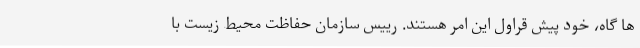
ها گاه، خود پیش قراول این امر هستند. رییس سازمان حفاظت محیط زیست با